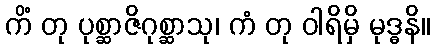
ကိံ တု ပုစ္ဆာဇိဂုစ္ဆာသု၊ ကံ တု ဝါရိမှိ မုဒ္ဓနိ။